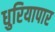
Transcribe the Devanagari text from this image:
धुरियापार